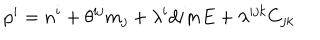
p ^ { i } = n ^ { i } + \theta ^ { i j } m _ { j } + \lambda ^ { i } d i m E + \lambda ^ { i j k } C _ { j k }